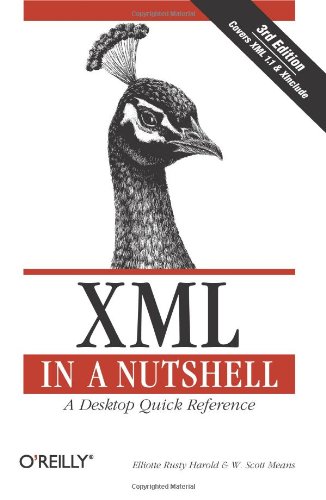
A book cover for XML in a Nutshell, Third Edition; Elliotte Rusty Harold; Computers & Technology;